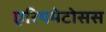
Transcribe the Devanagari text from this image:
एरिथमेटोसस